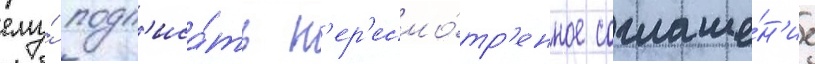
ему́ подп'иса́ть п'ер'есмо́тр'енное соглаше́н'ие